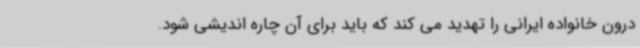
درون خانواده ایرانی را تهدید می کند که باید برای آن چاره اندیشی شود.